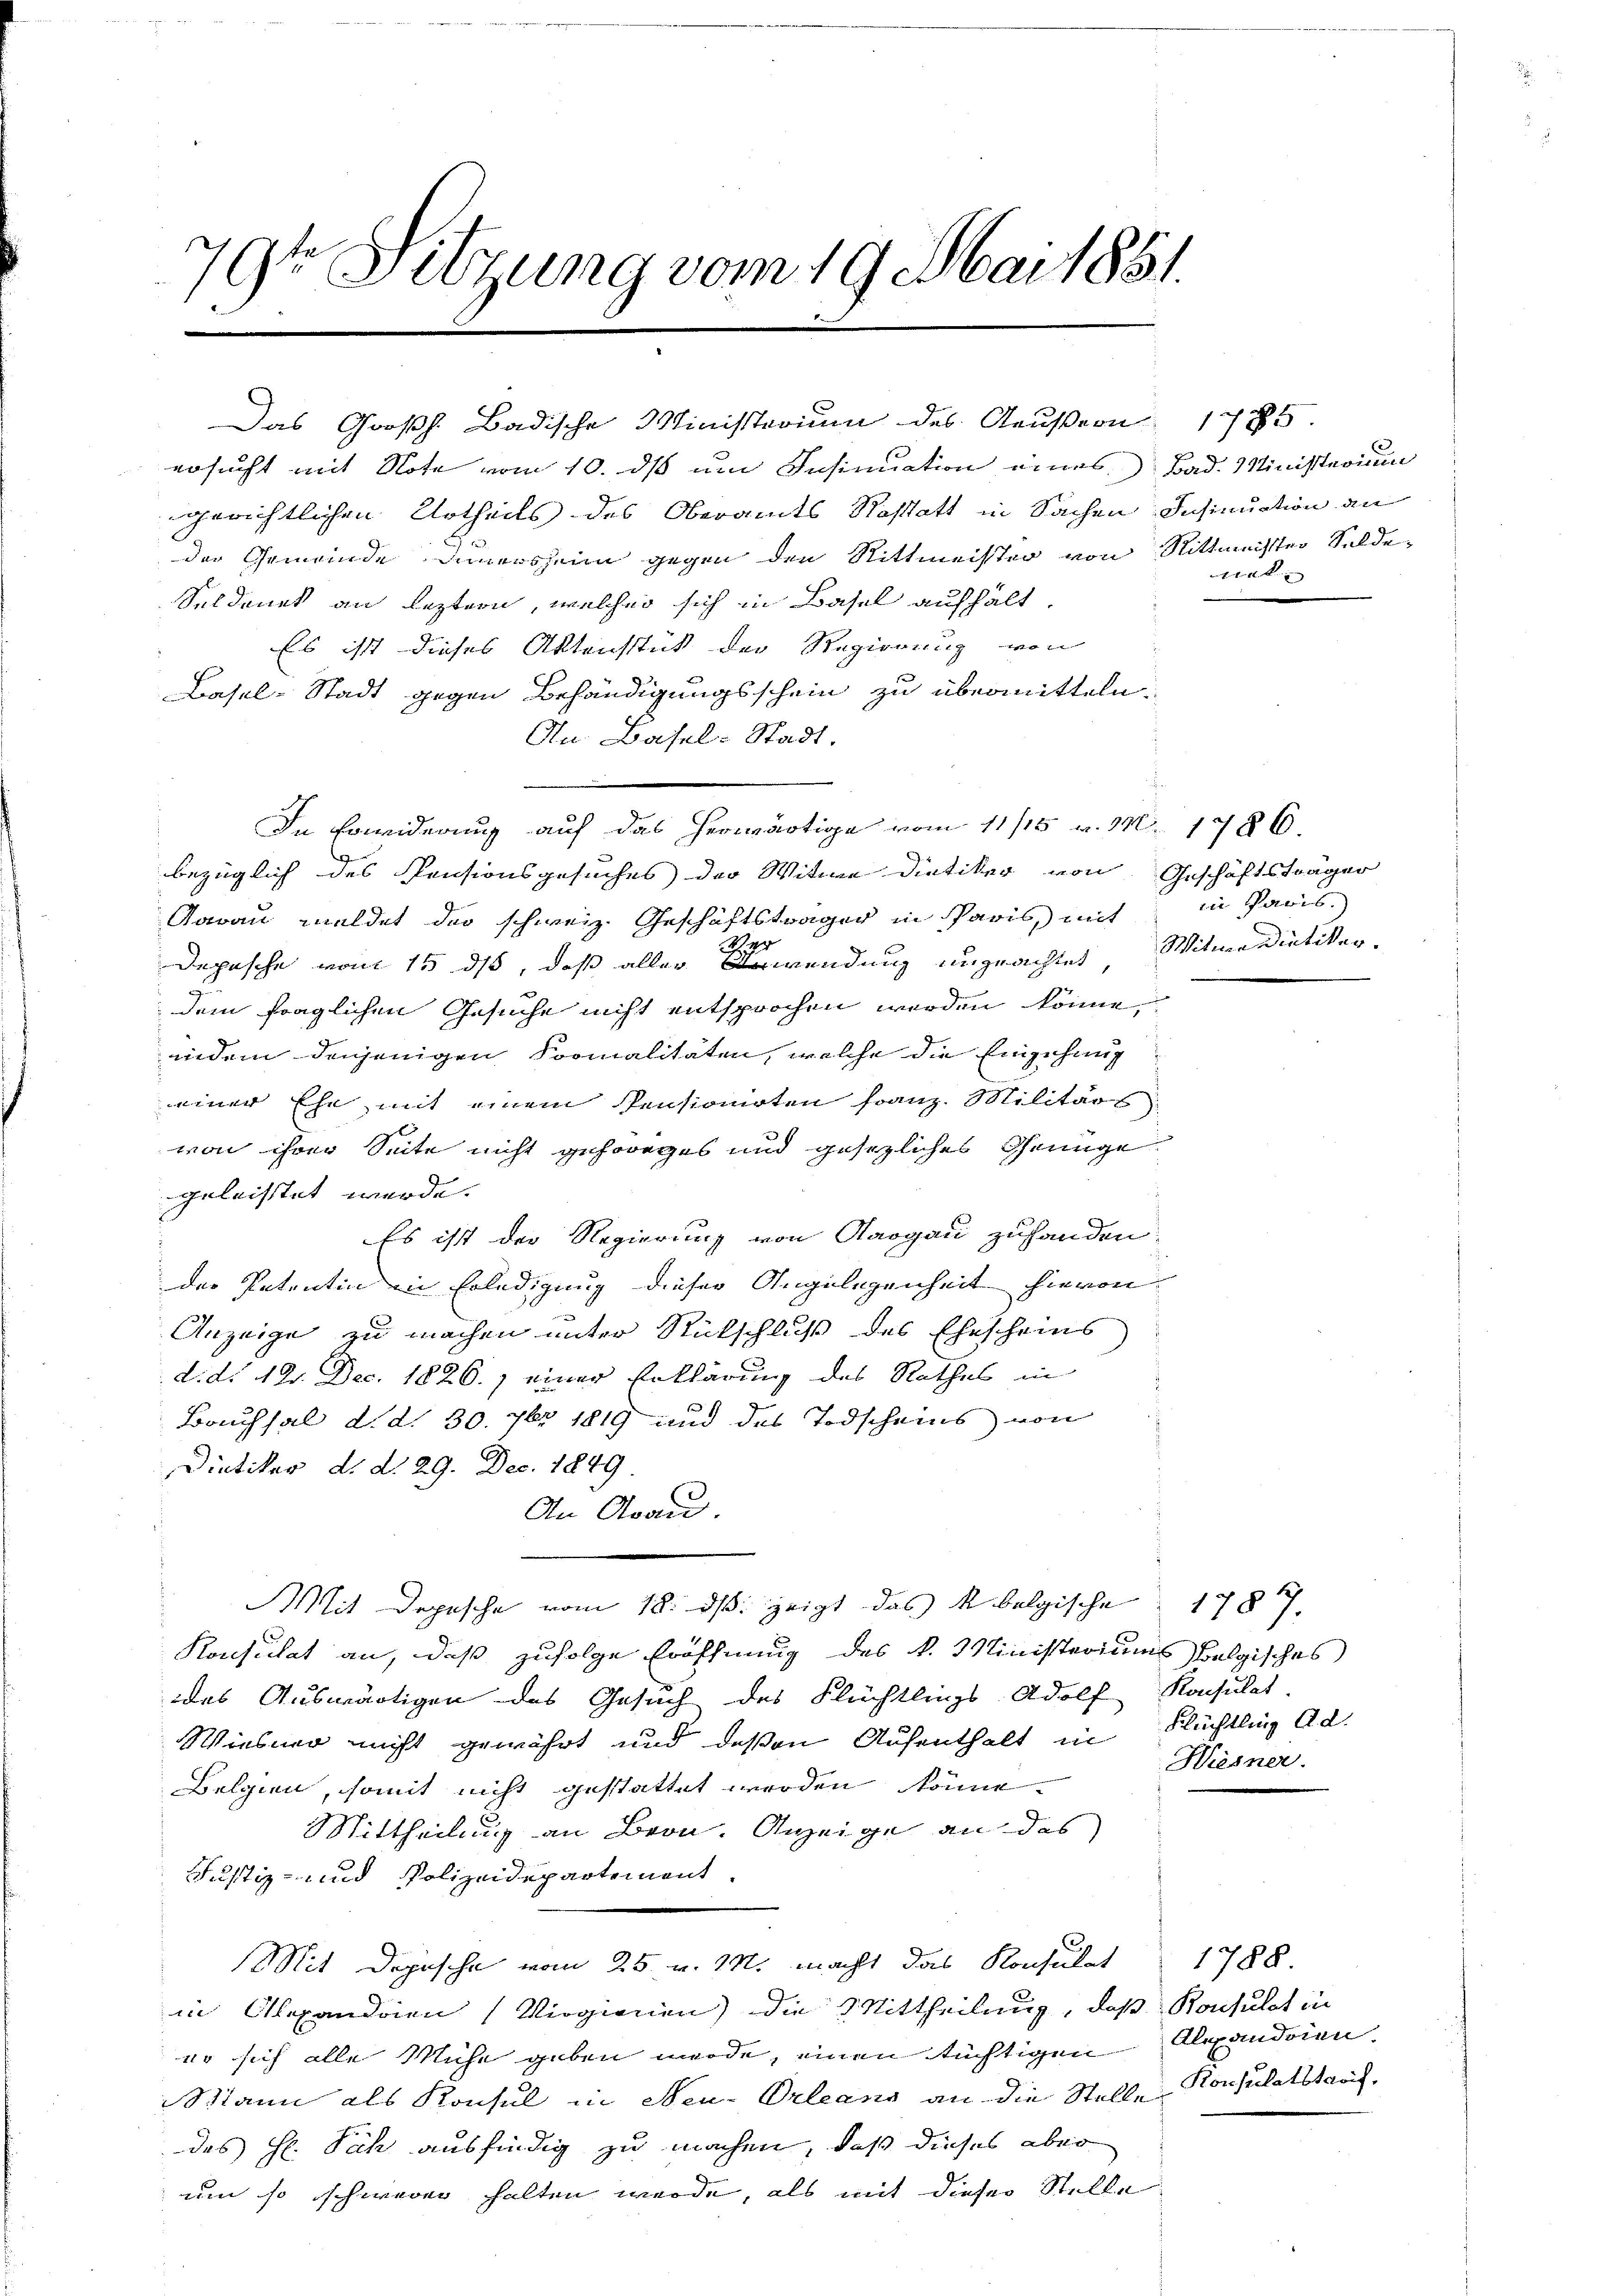
9r Sitzung vom 19. Mai 1881.

ersucht mit Note vom 10. ds um Insinuation eines Bad. Ministerium
gerichtlichen Urtheils des Oberamts Rastatt in Sachen Insinuation an
der Gemeinde einersheim gegen den Rittmeister von Rittmeister Selde
Seldonet an leztern, welcher sich in Basel aufhält,
Es ist dieses Aktensstück der Regierung von
Basel-Stadt gegen Behändigungsschein zu übermitteln.
An Basel-Stadt.
In Erwiderung auf das herwärtige vom 11/15 v. M. 1786.
bezüglich des Pensionsgesuches der Witwe Dietiker von Geschäftsträger
Aarau meldet der schweiz. Geschäftsträger in Paris, mit
g
B
Depesche vom 15. ds, daß aller Anwendung ungeachtet Witwe Dietiker.
dem fraglichen Gesuche nicht entsprochen werden könne,
indem denjenigen Formalitäten, welche die Eingehung
einer Ehe mit einem Pensionirten Franz. Militärs
von ihrer Seite nicht gehöriges und gesezliches Grunge
geleistet werde.
Es ist der Regierung von Aargau zuhanden.
der Patentin in Erledigung dieser Angelegenheit hievon
Anzeige zu machen unter Rückschluß des Ehescheins
d. d. 12. Dec. 1826.) einer Erklärung des Rathes in
Bauhsal d. d. 30. 7br 1819 und des Todscheins von
Dietikus d. d. 29. Dec. 1849
An Grau
Mit Depesche vom 18. ds. zeigt das k. belgische 1787.
Konsulat an, daß zufolge Eröffnung des k. Ministeriums belgisches
das Auswärtigen des Gesuch des Flüchtlings Adolf Konsulat,
Wiesner nicht gewährt und deßen Aufenthalt in Flüchtling Ad.
Belgien, somit nicht gestattet werden könne.
Mittheilung an Bron. Anzeige an das
Justiz- und Polizeidepartement.
Mit Dopische vom 25. v. M. macht das Konsulat
in Alexandren (Virgienen) die Mittheilung, daß Konsulat in
wo sich alle Mühe geben werde, einen tüchtigen Alexandrien.
Mann als Konsul in Neu-Orleans an die Stelle Konsulatstaat
des H. Päch ausfindig zu machen, daß dieses aber
um so schweren halten werde, als mit dieser Stelle

Das Großh. Badische Ministraiuum des Aeußern 1785.

vat

in Paris.

k
Hiesner.

1788